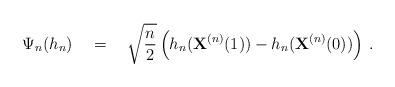
LaTeX: \begin{align*}\Psi_n (h_n)\quad&=\quad\sqrt{\frac{n}{2}}\left(h_n(\textbf{X}^{(n)}(1))-h_n(\textbf{X}^{(n)}(0))\right)\,.\end{align*}